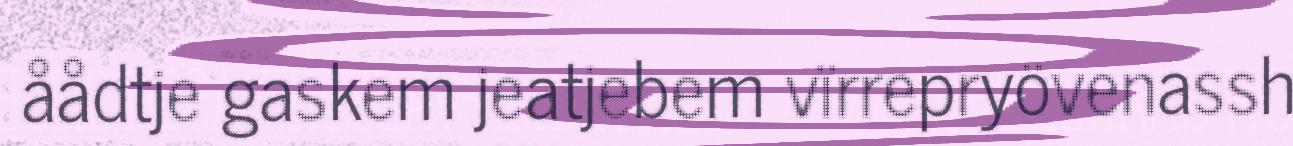
åådtje gaskem jeatjebem vïrrepryövenassh